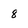
Character: 8